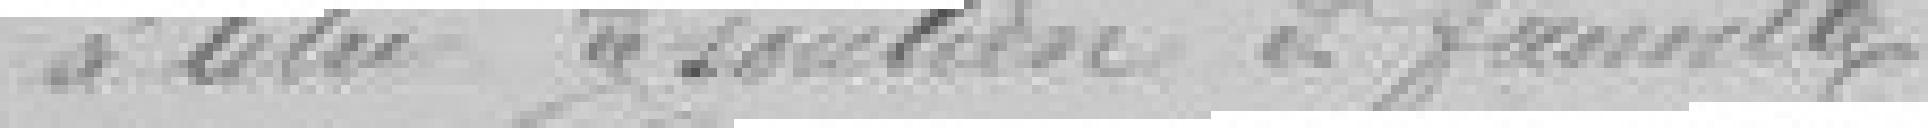
à titre soutien de famille.